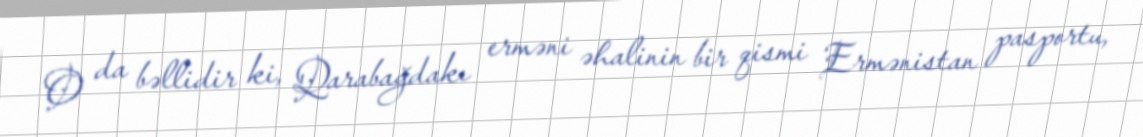
O da bəllidir ki, Qarabağdakı erməni əhalinin bir qismi Ermənistan pasportu,